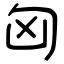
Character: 匈